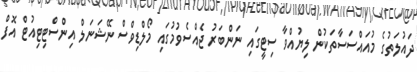
ދައުލަތުގެ މުއައްސަސާތަކުން ލިޔުއްވާ ސިޓީގައި ނަންބަރު ޖެއްސެވުމުގައި މޯލްޑިވްސް ނޭޝަނަލް އިންސްޓިޓިއުޓް އޮފް